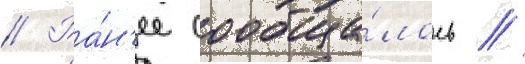
// Ра́н'ее сообща́лось /